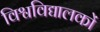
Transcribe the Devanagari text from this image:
विश्वविद्यालकों